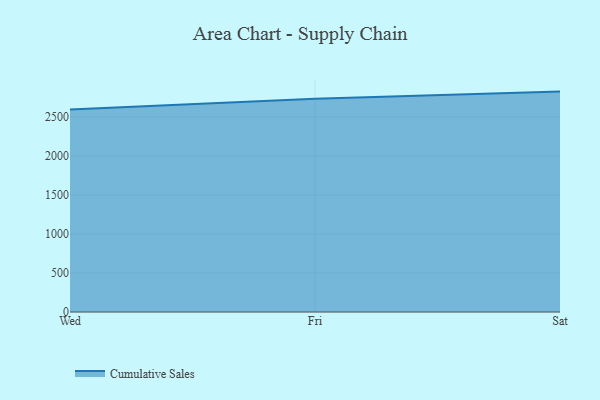
{"axis": {"x": "Day", "y": "LTV (USD)"}, "legend": ["Cumulative Sales"], "data": [{"x": "Wed", "y": 2596.3, "type": "Cumulative Sales"}, {"x": "Fri", "y": 2733.0, "type": "Cumulative Sales"}, {"x": "Sat", "y": 2825.9, "type": "Cumulative Sales"}]}